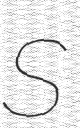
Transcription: S